system: You are a helpful assistant.
user:
Analyze the provided spectrum to determine if it is a **S-type Star**.

- **Key Indicators for S-type Star:**

    - **(Overall Spectrum Shape):** The first and most obvious characteristic is the overall continuum (the "baseline" shape). It is **extremely "red-sloping,"** meaning the flux (light intensity) is very low on the left side (blue, ~4000-4500 Å) and rises steeply and continuously toward the right side (red, ~7000 Å+).

    - **(Primary):** The spectrum is defined by the presence of strong, broad molecular absorption "valleys" (bands) from **Zirconium Oxide (ZrO)**. The identification of these bands is the **primary requirement** for classifying a star as S-type.
        - **(Key Bandheads):** You must find distinct, deep "dips" where the light has been absorbed. The most critical band systems to locate are:
            - **~6474 Å** ($\gamma$-system): This is often the strongest and clearest ZrO feature, found in the red part of the spectrum.
            - **~5718 Å** & **~5551 Å** ($\beta$-system): A pair of prominent absorption features in the yellow-orange part of the spectrum.
            - **~4640 Å** ($\alpha$-system): A key absorption band system in the blue-green region of the spectrum.

    - **(Secondary Confirmation):** The classification is strengthened by finding additional absorption bands from other related heavy element oxides, which are expected to be present alongside ZrO.
        - **(Key Bandheads):**
            - **Yttrium Oxide (YO):** Look for absorption dips near **~4800 Å** and **~6100 Å**.
            - **Lanthanum Oxide (LaO):** Additional absorption features, particularly in the red-orange part of the spectrum, are also characteristic.

    - **(Line Profile):** The combination of the steep red continuum and these numerous, deep molecular bands (ZrO, YO, etc.) gives the entire spectrum a very **"chopped-up"** or **"bumpy"** appearance. Instead of a smooth curve, the spectrum looks as though large, wide chunks of light have been "carved out" of it at the specific wavelengths listed above.

Think first, call **spectral_visualization_tool** if needed to examine features in detail, then provide your final answer. Your response must adhere to the following strict rules:
1.  **Overall Structure:** Your response must follow the format `<think>...</think> <tool_call>...</tool_call> (if a tool is used) <answer>...</answer>`.
2.  **Tool Usage Constraint:** You may only make **one** tool call per turn.
3.  **Final Answer Format:** In the `<answer>` tag, your conclusion must be inside a `\boxed{}` command (e.g., `\boxed{YES}` or `\boxed{NO}`), followed by your justification.

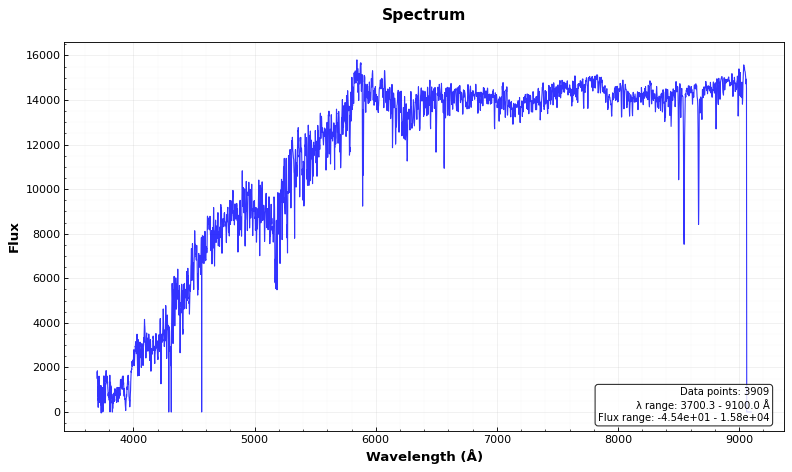
Answer: NO